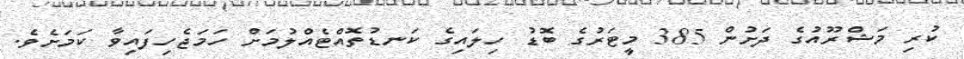
ކުރި މަޝްރޫއުގެ ދަށުން 385 މީޓަރުގެ ބޮޑު ހިލައިގެ ކަނޑުތޮއްޓެއްލުމަށް ހަމަޖެހިފައިވާ ކަމަށެވެ.